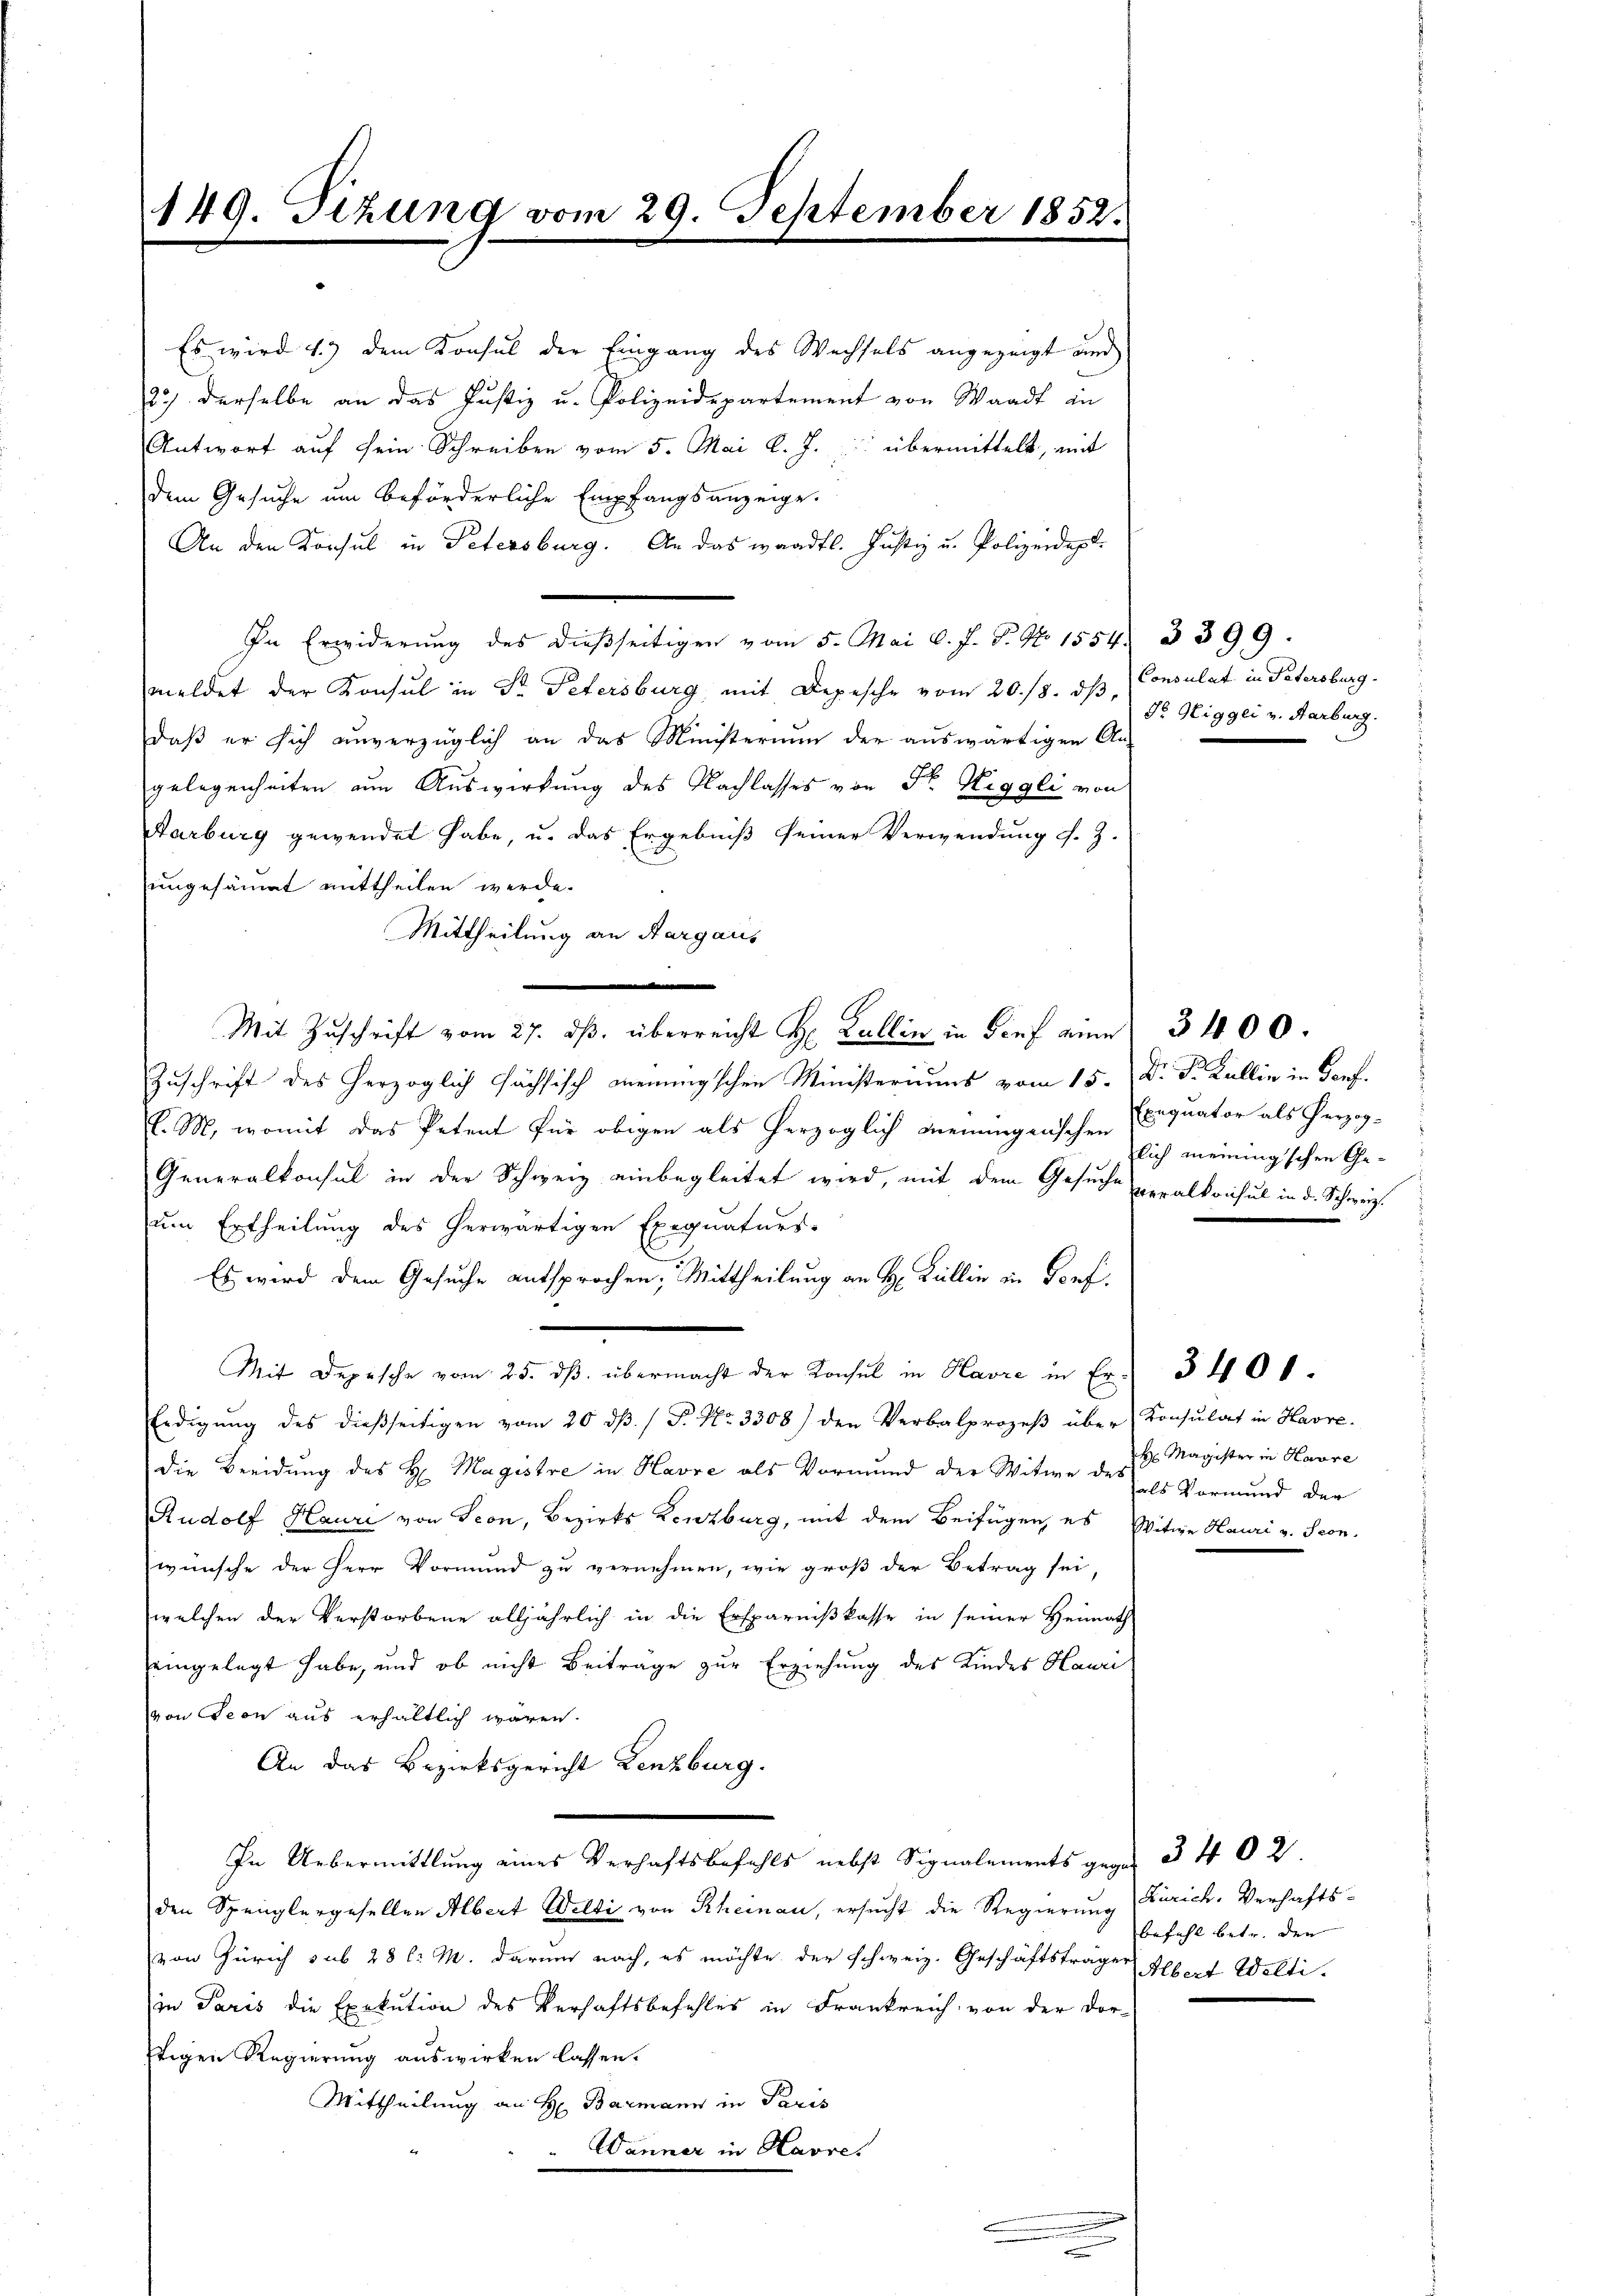
149. Sizung vom 29. September 1852.

Es wird 1) dem Konsul der Eingang des Wechsels angezeigt und
23) derselbe an das Justiz u. Polizeidepartement von Waadt in
Antwort auf sein Schreiben vom 5. Mai l. J. übermittelt, mit
dem Gesuche um beförderliche Empfangsanzeige.
An den Konsul in Petersburg. An das waadtl. Justiz u. Polizeidep
In Erwiderung des dießseitigen vom 5. Mai l. J. P. No 1554. 3399.
meldet der Konsul in St. Petersburg mit Depesche vom 20./8. dβ,
daß er sich unverzüglich an das Ministerium der auswärtigen An-
gelegenheiten am Auswirkung des Nachlasses von Sr. Heggli von
Aarburg gewendet habe, u. das Ergebniß seiner Verwendung s. Z.
ungesäumt mittheilen werde.
Mittheilung an Aargauis
n
Mit Zuschrift vom 27. dβ überreicht Hr. Kallin in darf eine 3400.
Zuschrift des herzoglich sächsisch meinungschen Ministeriums vom 15. Dr. Fr. Kallin in Dorf.
l. M., womit das Petent für obigen als herzoglich meiningenischen Exequator als Herzog¬
Generalkonsul in der Schweiz einbegleitet wird, mit dem Gesuche veralkonsul in d. Schweiz.
um Ertheilung des herwärtigen Exequaturs-
Es wird dem Gesuche entsprochen, Mittheilung an H. Ballin in Dorf.
e
Mit Depesche vom 25. ds. übermacht der Konsul in Havre in Er¬
Erdigŭng des dießseitigen vom 20. dβ. / P. Nr. 3308) den Verbalprozeβ über Konsulat in Havre
die Beeidung des H: Magistre in Havre als Vormund der Witwe des als Vormund der
Rudolf Hauri von Seon, Bezirks Kenzburg, mit dem Beifügen es Witwe Hauri v. Scon-
wünsche der Herr Vormund zu vernehmen, wie groß der Betrag sei,
welchen der Verstorbene alljährlich in die Ersparnißkasse in seiner Heimath
eingelegt habe, und ob nicht Beiträge zur Erziehung des Kindes Hauri
von con aus erhältlich wären.
An das Bezirksgericht Lenzburg.
In Uebermittlung eines Verhaftsbefehls nebst Signalements gegen § 402.
den Spenglergesellen Albert Welti von Rheinau, ersucht die Regierung Zürich, Verhaftsvon Zürich sub 28 l. M. darum nach, es möchte der schweiz. Geschäftsträger Albert Weltiin Paris die Exekution des Verhaftsbefehles in Frankreich von der Dor-
tigen Regierung auswirken lassen.
Mittheilung an H. Barmann in Paris
Dänner in Havre,

Consulat in Patersburg.
Sr Niggei v. Karburg.

lich meiningschen Ge¬

Magister in Havre

340.

befehl betr. den